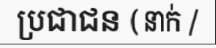
ប្រជាជន ( នាក់ /